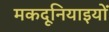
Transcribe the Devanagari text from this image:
मकदूनियाइयों